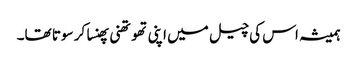
ہمیشہ اس کی چیل میں اپنی تھوتھنی پھنسا کر سوتا تھا۔